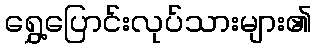
ရွှေ့ပြောင်းလုပ်သားများ၏